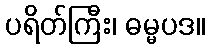
ပရိတ်ကြီး၊ ဓမ္မပဒ။